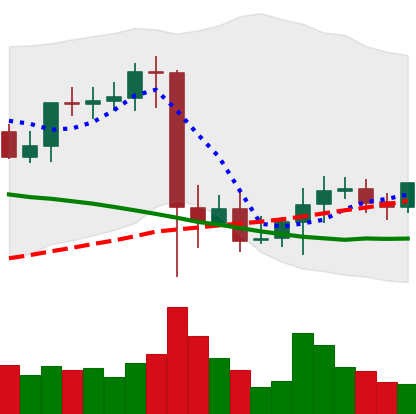
Ticker: XMR-USD
Chart end date: 2021-09-18
Forward return: -8.334%
Label: down_7plus